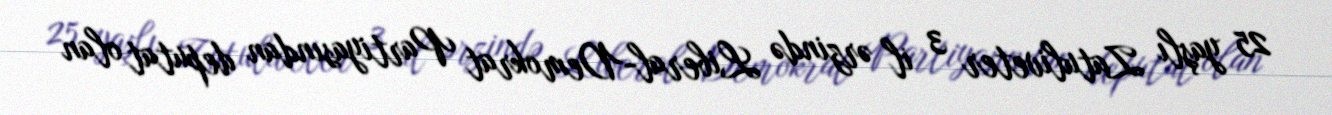
25 yaşlı Zatuliveter 3 il ərzində Liberal-Demokrat Partiyasından deputat olan